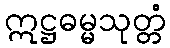
ဣဋ္ဌဓမ္မသုတ္တံ